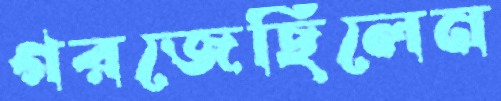
গরজেছিলেন